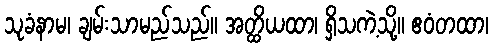
သုခံနာမ၊ ချမ်းသာမည်သည်။ အတ္ထိယထာ၊ ရှိသကဲ့သို့။ ဧဝံတထာ၊